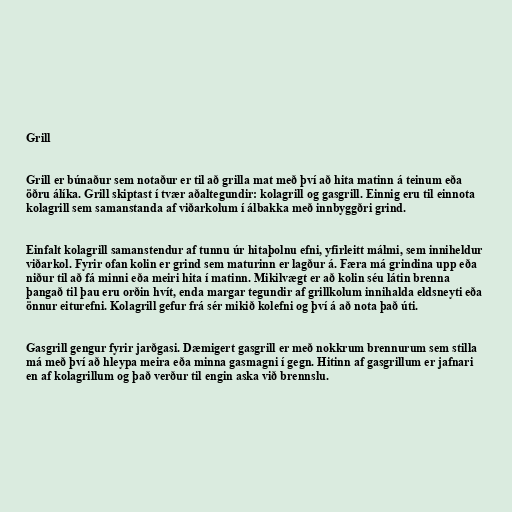
Grill

Grill er búnaður sem notaður er til að grilla mat með því að hita matinn á teinum eða
öðru álíka. Grill skiptast í tvær aðaltegundir: kolagrill og gasgrill. Einnig eru til einnota
kolagrill sem samanstanda af viðarkolum í álbakka með innbyggðri grind.

Einfalt kolagrill samanstendur af tunnu úr hitaþolnu efni, yfirleitt málmi, sem inniheldur
viðarkol. Fyrir ofan kolin er grind sem maturinn er lagður á. Færa má grindina upp eða
niður til að fá minni eða meiri hita í matinn. Mikilvægt er að kolin séu látin brenna
þangað til þau eru orðin hvít, enda margar tegundir af grillkolum innihalda eldsneyti eða
önnur eiturefni. Kolagrill gefur frá sér mikið kolefni og því á að nota það úti.

Gasgrill gengur fyrir jarðgasi. Dæmigert gasgrill er með nokkrum brennurum sem stilla
má með því að hleypa meira eða minna gasmagni í gegn. Hitinn af gasgrillum er jafnari
en af kolagrillum og það verður til engin aska við brennslu.